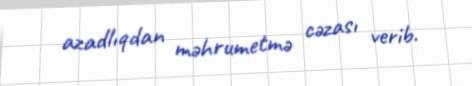
azadlıqdan məhrumetmə cəzası verib.